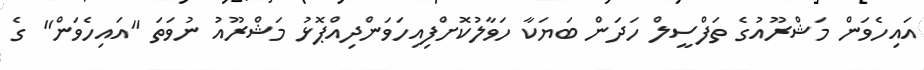
އައިހެވަން މަޝްރޫއުގެ ތަފްސީލް ހަދަން ބަޔަކާ ހަވާލުކޮށްފިއިހަވަންދިއްޕޮޅު މަޝްރޫއު ނުވަތަ "އައިހެވަން" ގެ